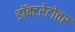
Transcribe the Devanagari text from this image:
डॉक्टरेटोत्तर